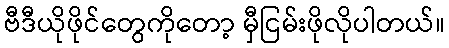
ဗီဒီယိုဖိုင်တွေကိုတော့ မှီငြမ်းဖိုလိုပါတယ်။